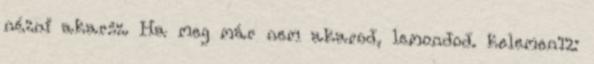
nézni akarsz. Ha meg már nem akarod, lemondod. kelemen12: